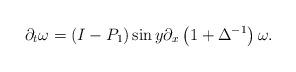
LaTeX: \begin{align*}\partial_{t}\omega=\left( I-P_{1}\right) \sin y\partial_{x}\left(1+\Delta^{-1}\right) \omega. \end{align*}